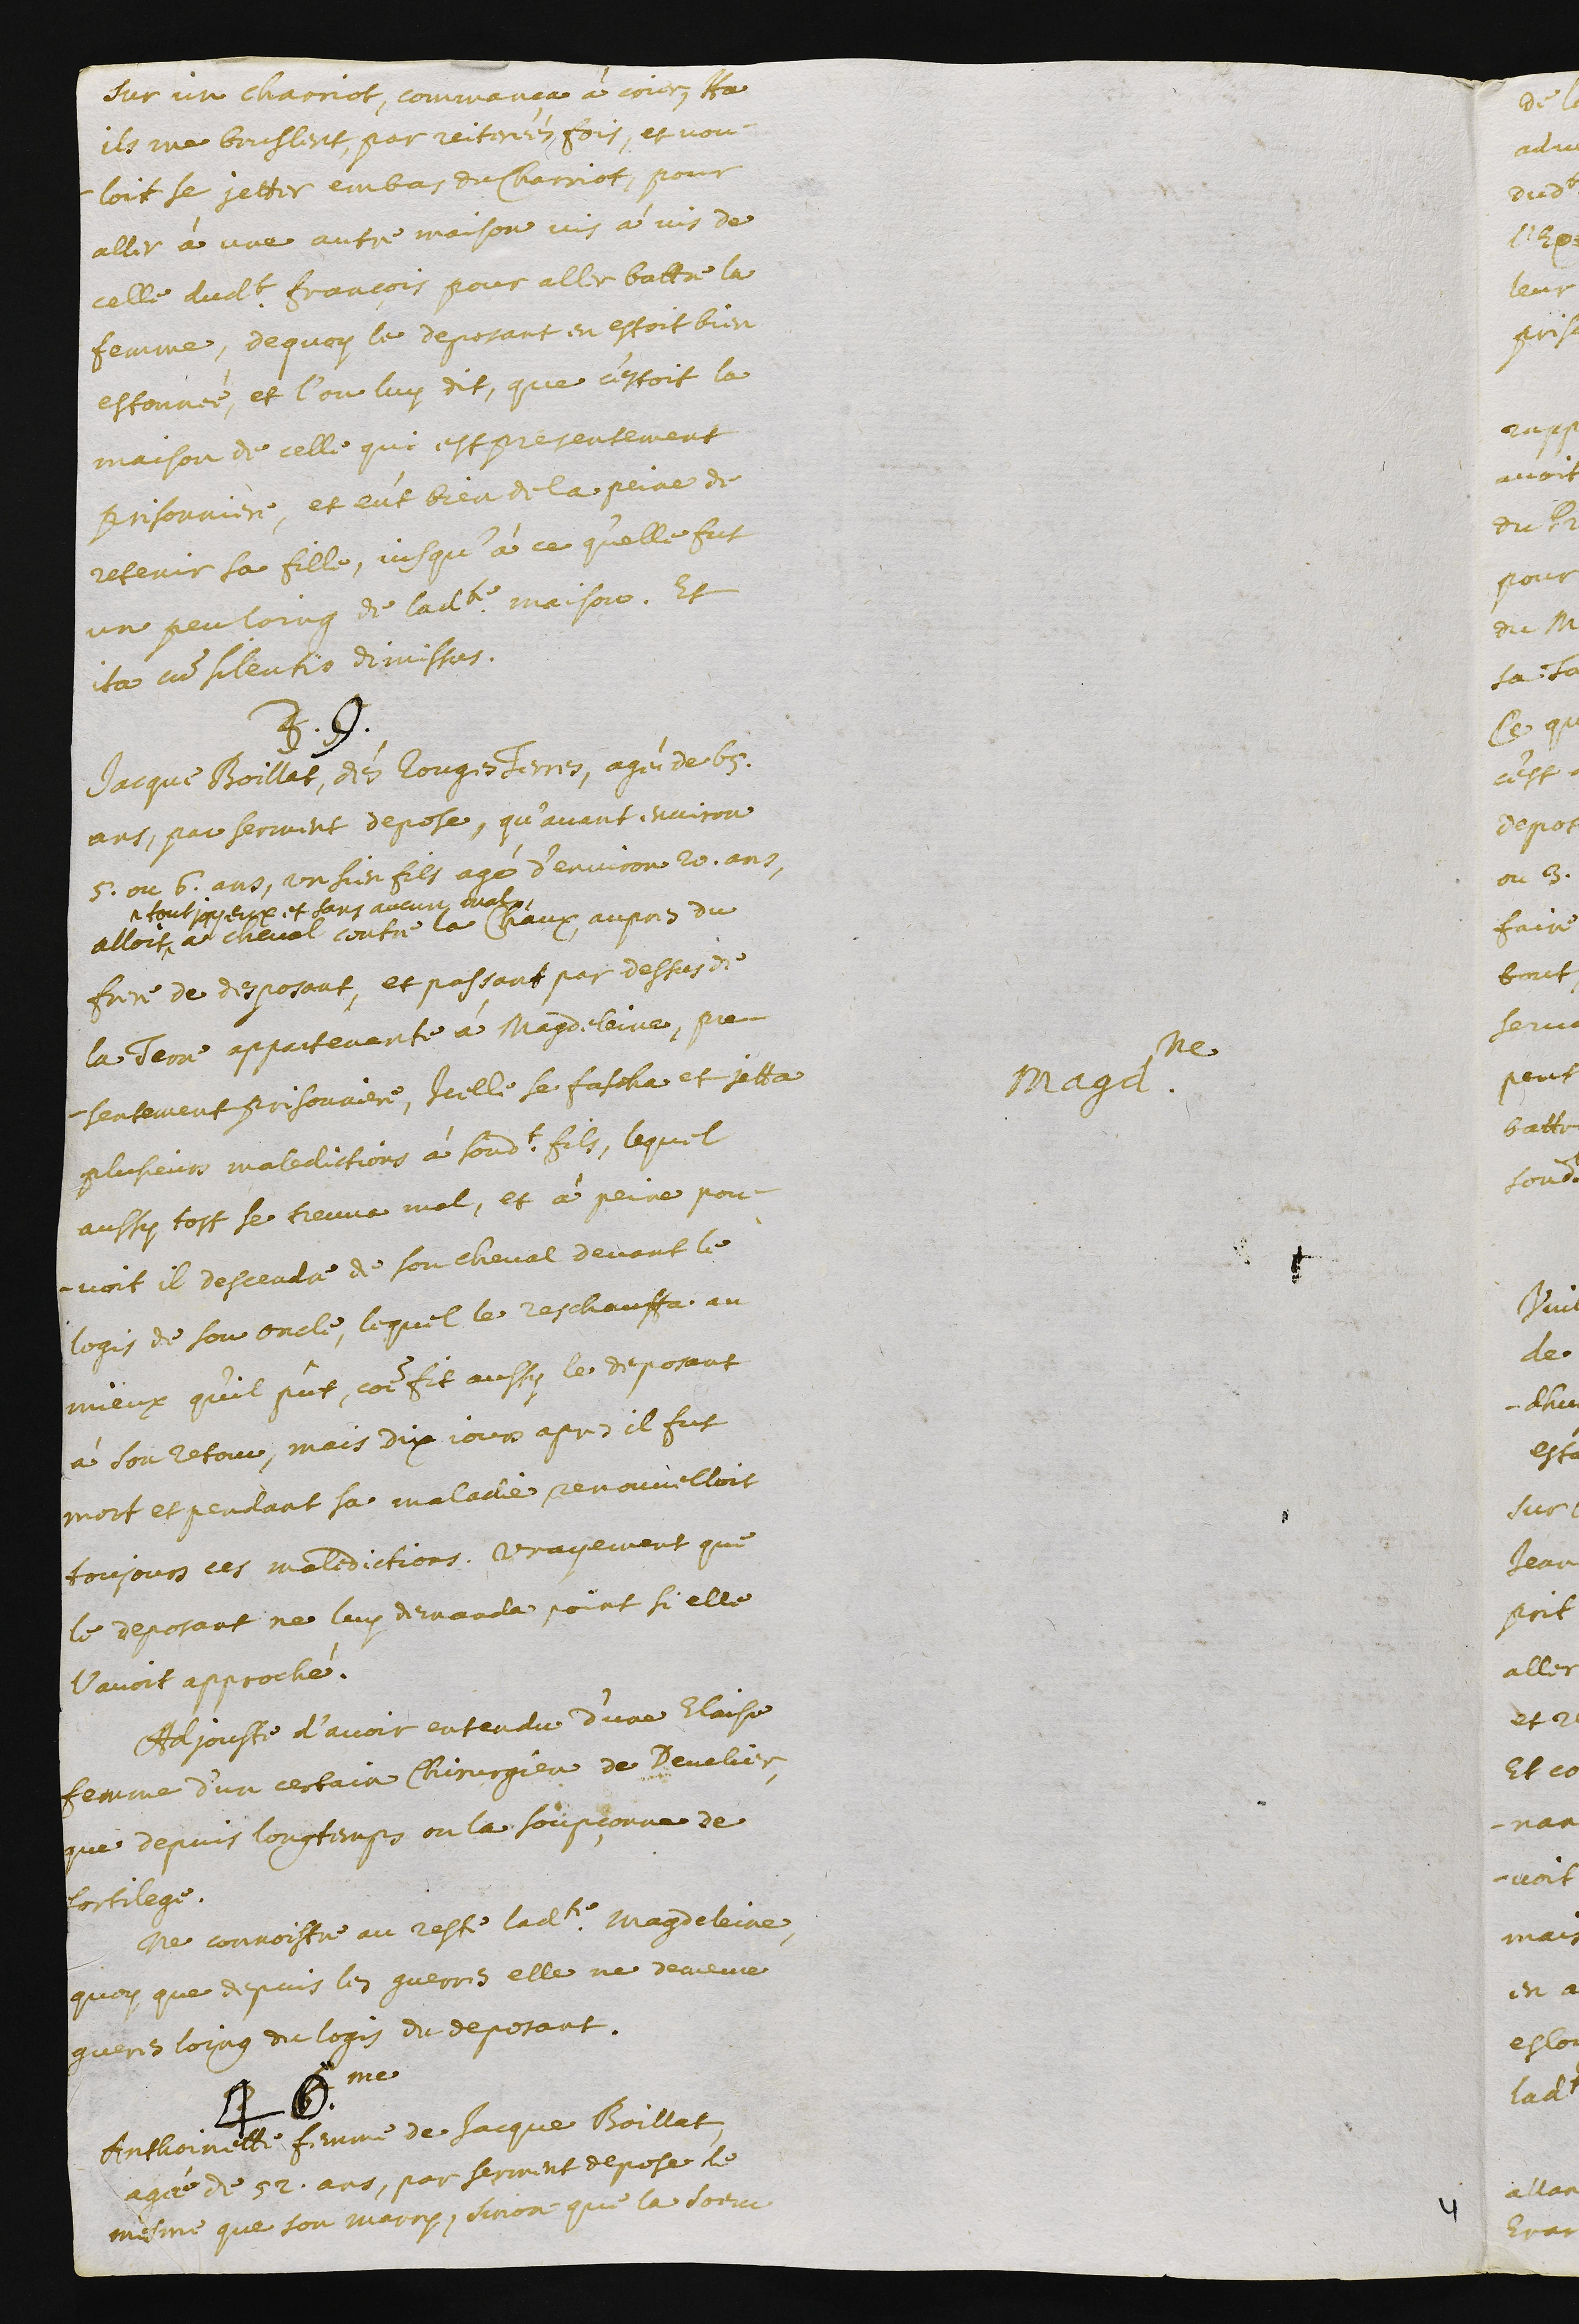
sur un chariot, commanca à crier, Ha
ils me bruslent, par reiterées fois, et vou-
loit se jetter en bas du chariot, pour
aller à une autre maison vis à vis de
celle dudit François, pour aller battre la
femme. De quoy le deposant en estoit bien
estonnée, et l’on luy dit, que c’estoit la
maison de celle qui est presentement
prisonniere, et eut bien de la peine de
retenir sa fille, jusqu’à ce qu’elle fut
un peu loing de ladite maison. Et
ita cum silentio dimissus.
39.
Magdeleine
Jacque Boillat, dés Rouges Terres, agé de 65
ans, par serment depose, qu’avant environ
5 ou 6 ans, un sien fils agé d’environ 20 ans,
alloit ^
^ tout joyeux et sans aucun mal,
a cheval contre la Chaux, aupres du
frere du desposant, et passant par dessus de
la terre appartenante à Magdeleine, pre-
sentement prisonniere, icelle se fascha et jetta
plusieurs maledictions à sondit fils. Lequel
aussy tost se treuva mal, et à peine pou-
voit il descendre de son cheval devant le
logis de son oncle, lequel le reschauffa au
mieux qu’il pût, comme fit aussy le deposant
à son retour. Mais dix jours apres il fut
mort et pendant sa maladie renouvelloit
toujours ces maledictions. Vrayement que
le deposant ne luy demanda point si elle
l’avoit approché.
Adjouste d’avoir entendu d’une Elaise
femme d’un certain chirurgien de Develier,
que depuis longtemps on la soupçonne de
sortilege.
Ne connoistre au reste ladite Magdeleine,
quoy que depuis les guerres elle ne demeure
gueres loing du logis de deposant.
40.me
Anthoinette femme de Jacque Boillat,
agée de 52 ans, par serment depose de
mesme que son marry, sinon que la soeur